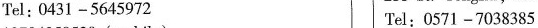
Tel:0431-5645972 Tel:0571 -7038385